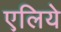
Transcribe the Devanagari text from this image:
एलिये